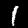
Label: 1